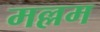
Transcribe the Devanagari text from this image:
मल्लम